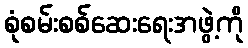
စုံစမ်းစစ်ဆေးရေးအဖွဲ့ကို